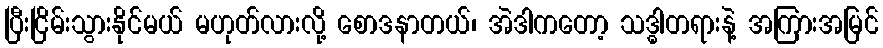
ပြီးငြိမ်းသွားနိုင်မယ် မဟုတ်လားလို့ စောဒနာတယ်၊ အဲဒါကတော့ သဒ္ဓါတရားနဲ့ အကြားအမြင်